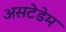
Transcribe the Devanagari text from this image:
असटेडेम